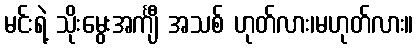
မင်းရဲ့ သိုးမွေးအင်္ကျီ အသစ် ဟုတ်လား၊မဟုတ်လား။